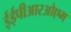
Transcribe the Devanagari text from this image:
ईईपीआरओएम